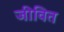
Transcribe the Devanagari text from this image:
जीवित